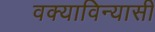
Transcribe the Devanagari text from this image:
वक्याविन्यासी